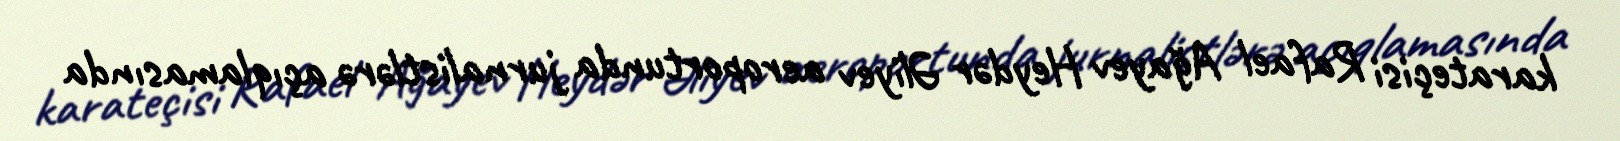
karateçisi Rafael Ağayev Heydər Əliyev aeroportunda jurnalistlərə açıqlamasında